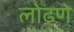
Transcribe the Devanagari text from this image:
लोढणे